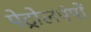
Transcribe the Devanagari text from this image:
पेट्रोलपंपों